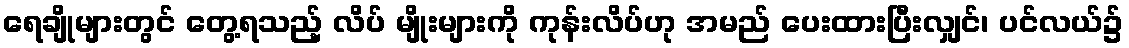
ရေချိုများတွင် တွေ့ရသည့် လိပ် မျိုးများကို ကုန်းလိပ်ဟု အမည် ပေးထားပြီးလျှင်၊ ပင်လယ်၌